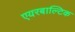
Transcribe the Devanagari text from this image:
एयरबाल्टिक